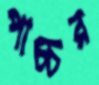
পাচ্চর